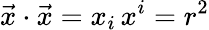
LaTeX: \vec{x}\cdot\vec{x}=x_{i}\, x^{i}=r^{2}